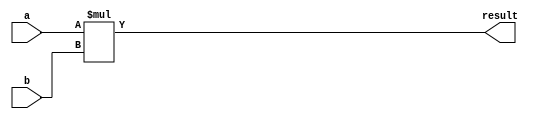
module multiplier(
    input [7:0] a,
    input [7:0] b,
    output reg [15:0] result
);

always @(*) begin
    result = a * b;
end

endmodule